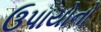
ઉપાયોનો